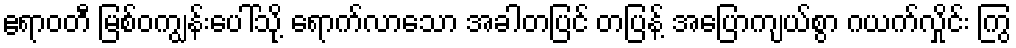
ဧရာဝတီ မြစ်ဝကျွန်းပေါ်သို့ ရောက်လာသော အခါတပြင် တပြန့် အပြောကျယ်စွာ ဂယက်လှိုင်း ကြွ